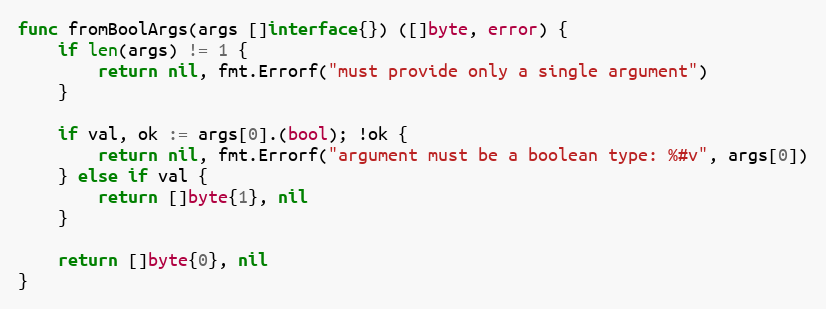
Language: Go
func fromBoolArgs(args []interface{}) ([]byte, error) {
	if len(args) != 1 {
		return nil, fmt.Errorf("must provide only a single argument")
	}

	if val, ok := args[0].(bool); !ok {
		return nil, fmt.Errorf("argument must be a boolean type: %#v", args[0])
	} else if val {
		return []byte{1}, nil
	}

	return []byte{0}, nil
}